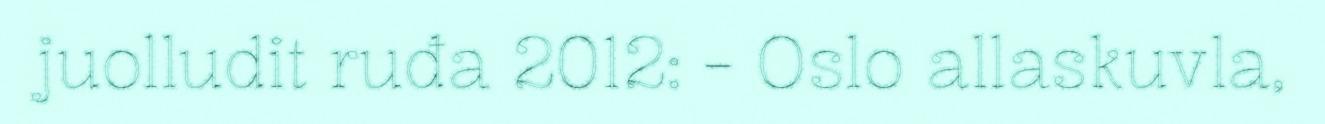
juolludit ruđa 2012: - Oslo allaskuvla,